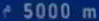
5000 m